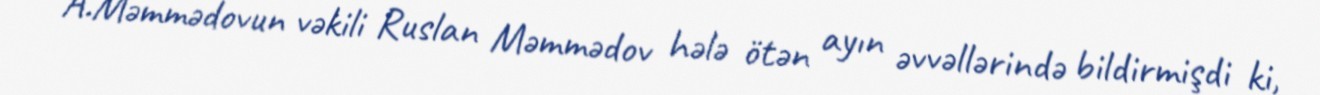
A.Məmmədovun vəkili Ruslan Məmmədov hələ ötən ayın əvvəllərində bildirmişdi ki,